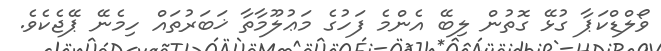
ވޯލްޑްކަޕާ ގުޅޭ ގޮތުން ލިބޭ އެންމެ ފަހުގެ މަޢުލޫމާތާ ޚަބަރުތައް ހިމެނޭ ޕޭޖެކެވެ.